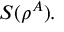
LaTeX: \; S ( \rho ^ { A } ) .